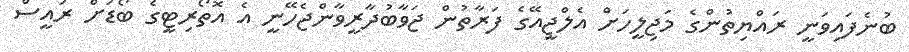
ބުނެފައިވަނީ ރައްޔިތުންގެ މަޖިލީހަށް އެލްޖީއޭގެ ފަރާތުން ޖަވާބުދާރީވާންޖެހޭނީ އެ އޮތޯރިޓީގެ ބޯޑަށް ރައީސް